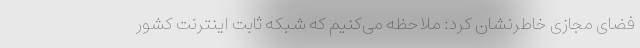
فضای مجازی خاطرنشان کرد: ملاحظه می‌کنیم که شبکه ثابت اینترنت کشور